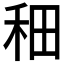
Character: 𫀪